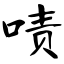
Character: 啧